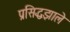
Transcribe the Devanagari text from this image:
प्रसिद्धझाले